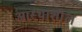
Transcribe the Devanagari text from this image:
आस्थाशील